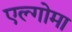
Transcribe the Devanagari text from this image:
एल्गोमा